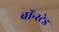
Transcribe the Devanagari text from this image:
ब्रॉन्स्टेड